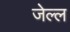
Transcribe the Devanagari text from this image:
जेल्ल